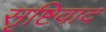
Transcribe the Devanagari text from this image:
सृष्टिवाद